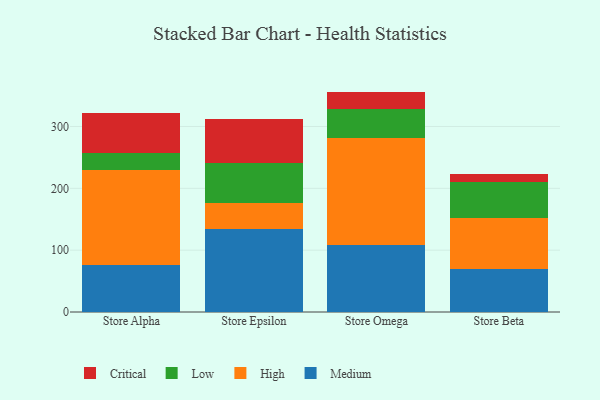
{"axis": {"x": "Store", "y": "Tickets Resolved"}, "legend": ["Critical", "High", "Low", "Medium"], "data": [{"x": "Store Alpha", "y": 75.9, "type": "Medium"}, {"x": "Store Alpha", "y": 153.2, "type": "High"}, {"x": "Store Alpha", "y": 27.9, "type": "Low"}, {"x": "Store Alpha", "y": 64.3, "type": "Critical"}, {"x": "Store Epsilon", "y": 134.2, "type": "Medium"}, {"x": "Store Epsilon", "y": 42.2, "type": "High"}, {"x": "Store Epsilon", "y": 64.6, "type": "Low"}, {"x": "Store Epsilon", "y": 70.5, "type": "Critical"}, {"x": "Store Omega", "y": 107.8, "type": "Medium"}, {"x": "Store Omega", "y": 173.5, "type": "High"}, {"x": "Store Omega", "y": 47.4, "type": "Low"}, {"x": "Store Omega", "y": 27.7, "type": "Critical"}, {"x": "Store Beta", "y": 69.1, "type": "Medium"}, {"x": "Store Beta", "y": 82.9, "type": "High"}, {"x": "Store Beta", "y": 58.4, "type": "Low"}, {"x": "Store Beta", "y": 12.9, "type": "Critical"}]}